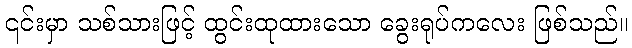
၎င်းမှာ သစ်သားဖြင့် ထွင်းထုထားသော ခွေးရုပ်ကလေး ဖြစ်သည်။